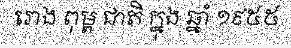
រោង ពុម្ព ជាតិ ក្នុង ឆ្នាំ ១៩៥៥